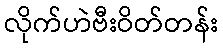
လိုက်ဟဲဗီးဝိတ်တန်း